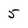
Character: 5